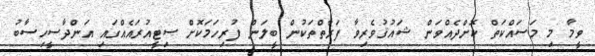
ވީމާ މި މަސައްކަތް ކޮށްދެއްވަން ޝައުޤުވެރިވާ ފަރާތްތަކުން ބީލަން ފުރިހަމަކޮށް ސިޓީއުރައެއްގައި އަންދާސީހިސާބު